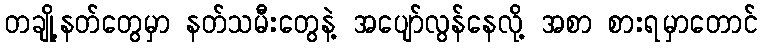
တချို့နတ်တွေမှာ နတ်သမီးတွေနဲ့ အပျော်လွန်နေလို့ အစာ စားရမှာတောင်